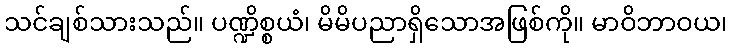
သင်ချစ်သားသည်။ ပဏ္ဍိစ္စယံ၊ မိမိပညာရှိသောအဖြစ်ကို။ မာဝိဘာဝယ၊